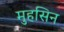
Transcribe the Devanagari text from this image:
मुहसिन